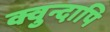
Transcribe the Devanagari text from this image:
क्वुन्दापि